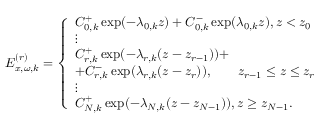
E _ { x , \omega , k } ^ { ( r ) } = \left\{ \begin{array} { l } { C _ { 0 , k } ^ { + } \exp ( - \lambda _ { 0 , k } z ) + C _ { 0 , k } ^ { - } \exp ( \lambda _ { 0 , k } z ) , z < z _ { 0 } } \\ { \vdots } \\ { C _ { r , k } ^ { + } \exp ( - \lambda _ { r , k } ( z - z _ { r - 1 } ) ) + } \\ { + C _ { r , k } ^ { - } \exp ( \lambda _ { r , k } ( z - z _ { r } ) ) , \quad \quad z _ { r - 1 } \leq z \leq z _ { r } } \\ { \vdots } \\ { C _ { N , k } ^ { + } \exp ( - \lambda _ { N , k } ( z - z _ { N - 1 } ) ) , z \geq z _ { N - 1 } . } \end{array} \right.